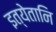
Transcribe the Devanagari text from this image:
इत्येतानि